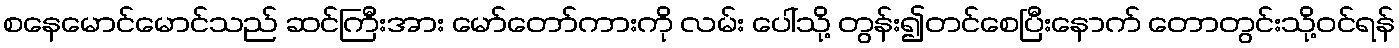
စနေမောင်မောင်သည် ဆင်ကြီးအား မော်တော်ကားကို လမ်း ပေါ်သို့ တွန်း၍တင်စေပြီးနောက် တောတွင်းသို့ဝင်ရန်